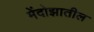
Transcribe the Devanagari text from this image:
मेंदोझातील